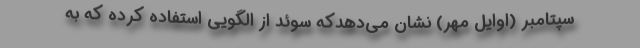
سپتامبر (اوایل مهر) نشان می‌دهدکه سوئد از الگویی استفاده کرده که به